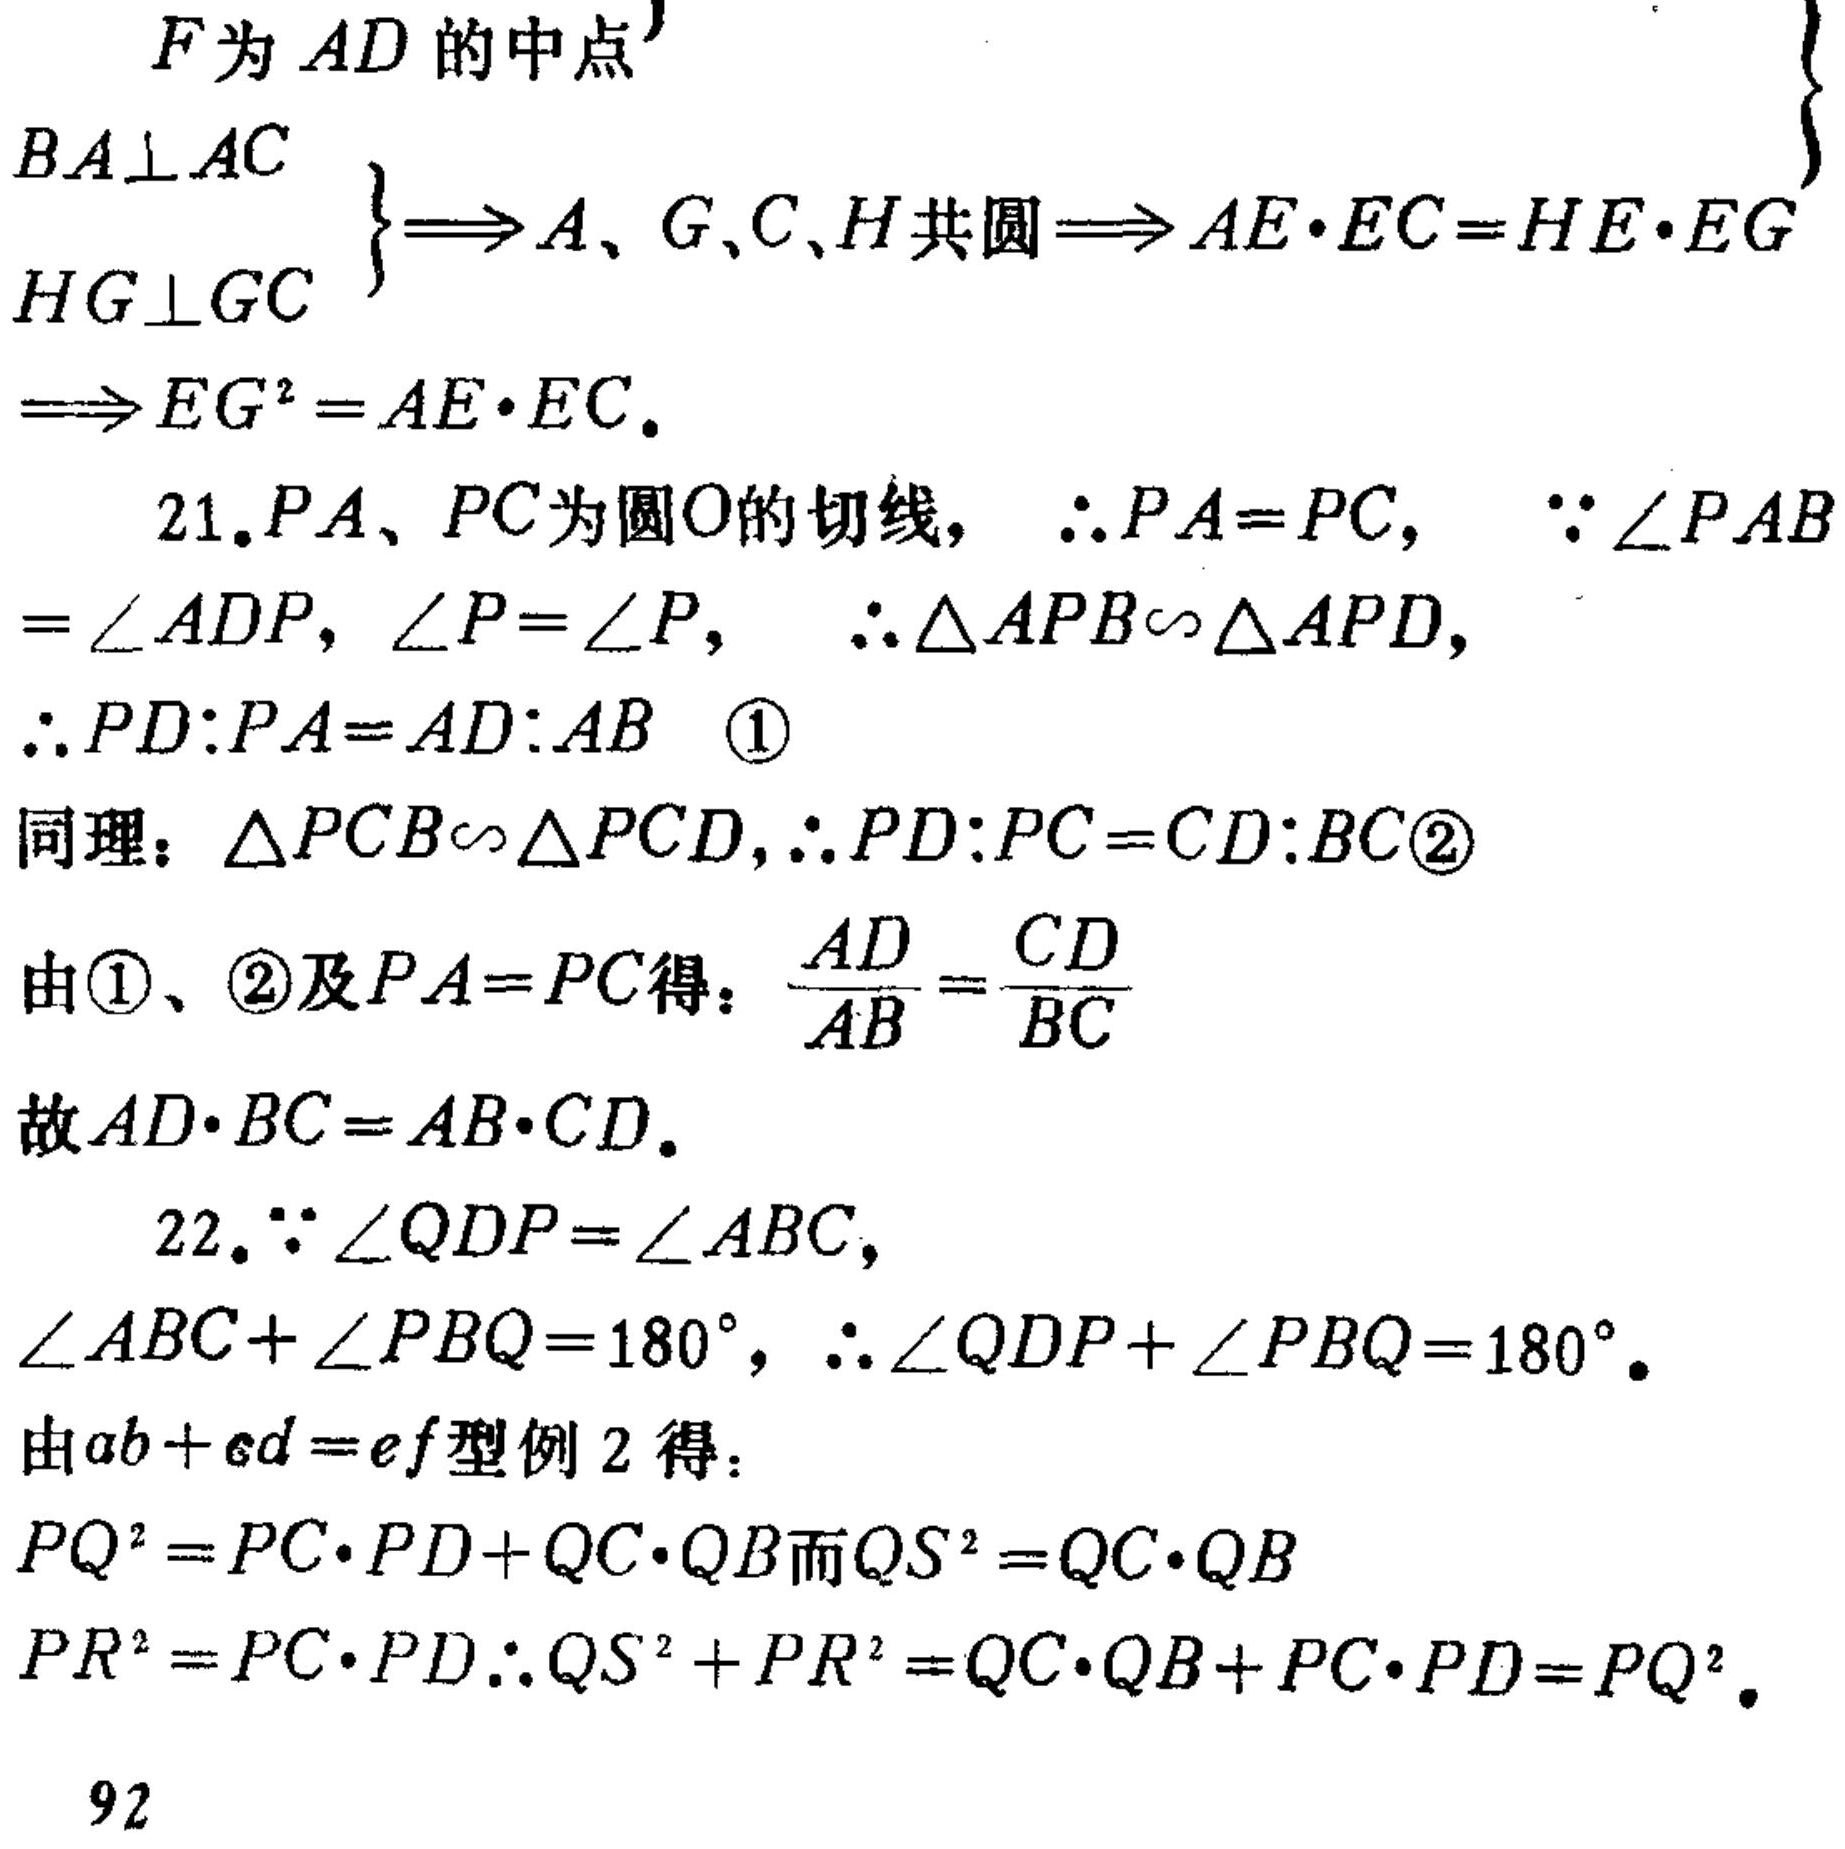
\[
\begin{align*}
&\left.\begin{array}{l}
F\text{ 为 }AD\text{ 的中点}\\
BA\perp AC\\
HG\perp GC
\end{array}\right\}
\Rightarrow A,G,C,H\text{ 共圆}\Rightarrow AE\cdot EC = HE\cdot EG\\
&\Rightarrow EG^{2}=AE\cdot EC.\\
\end{align*}
\]
21. \(PA、PC\)为圆\(O\)的切线，\(\therefore PA = PC\)，\(\because\angle PAB=\angle ADP\)，\(\angle P=\angle P\)，\(\therefore\triangle APB\sim\triangle APD\)，
\(\therefore PD:PA = AD:AB\quad\textcircled{1}\)
同理：\(\triangle PCB\sim\triangle PCD\)，\(\therefore PD:PC = CD:BC\textcircled{2}\)
由\(\textcircled{1}\)、\(\textcircled{2}\)及\(PA = PC\)得：\(\frac{AD}{AB}=\frac{CD}{BC}\)
故\(AD\cdot BC = AB\cdot CD\)。
22. \(\because\angle QDP=\angle ABC\)，
\(\angle ABC+\angle PBQ = 180^{\circ}\)，\(\therefore\angle QDP+\angle PBQ = 180^{\circ}\)。
由\(ab + cd = ef\)型例2得：
\(PQ^{2}=PC\cdot PD+QC\cdot QB\)而\(QS^{2}=QC\cdot QB\)
\(PR^{2}=PC\cdot PD\therefore QS^{2}+PR^{2}=QC\cdot QB+PC\cdot PD = PQ^{2}\)。
92